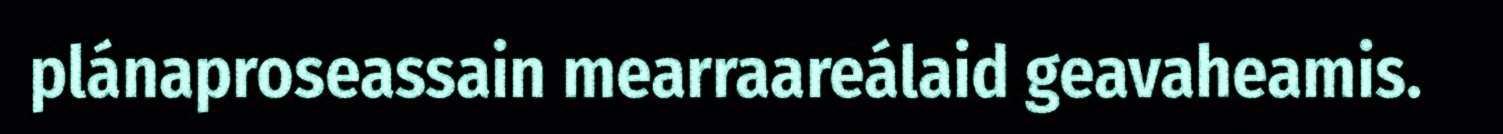
plánaproseassain mearraareálaid geavaheamis.